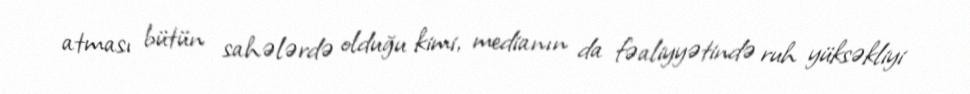
atması bütün sahələrdə olduğu kimi, medianın da fəaliyyətində ruh yüksəkliyi